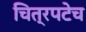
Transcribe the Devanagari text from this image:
चित्रपटेच